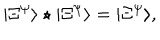
| \Xi ^ { \psi } \rangle \star | \Xi ^ { \psi } \rangle = | \Xi ^ { \psi } \rangle ,